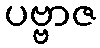
ပဗ္ဗာဇ